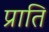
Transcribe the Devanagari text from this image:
प्राति